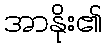
အာနိုး၏